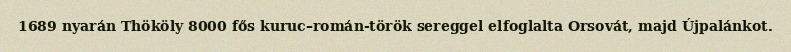
1689 nyarán Thököly 8000 fős kuruc–román-török sereggel elfoglalta Orsovát, majd Újpalánkot.